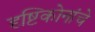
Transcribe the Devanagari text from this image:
दृष्टिकोनांचे